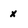
Character: x